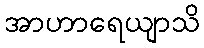
အာဟာရေယျာသိ